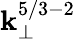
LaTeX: \mathbf{k}_{\perp}^{5/3-2}